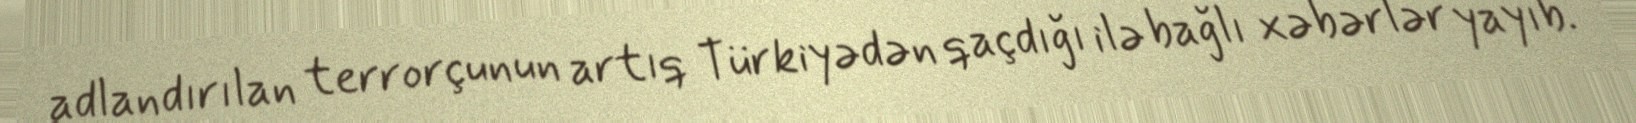
adlandırılan terrorçunun artıq Türkiyədən qaçdığı ilə bağlı xəbərlər yayıb.